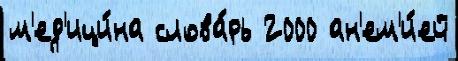
м'ед'ици́на слова́рь 2000 ан'ем'и́ей